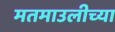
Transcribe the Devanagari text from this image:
मतमाउलीच्या